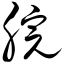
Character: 脘